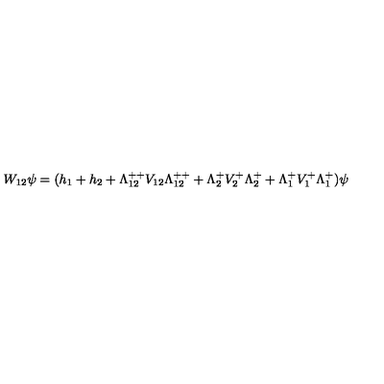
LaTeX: W _ { 1 2 } \psi = ( h _ { 1 } + h _ { 2 } + \Lambda _ { 1 2 } ^ { + + } V _ { 1 2 } \Lambda _ { 1 2 } ^ { + + } + \Lambda _ { 2 } ^ { + } V _ { 2 } ^ { + } \Lambda _ { 2 } ^ { + } + \Lambda _ { 1 } ^ { + } V _ { 1 } ^ { + } \Lambda _ { 1 } ^ { + } ) \psi